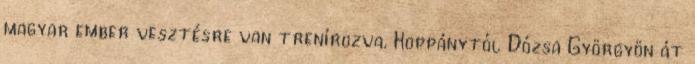
magyar ember vesztésre van trenírozva. Koppánytól Dózsa Györgyön át